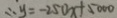
\therefore y = - 2 5 0 x + 5 0 0 0